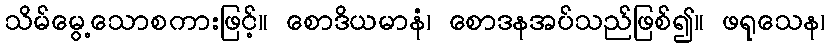
သိမ်မွေ့သောစကားဖြင့်။ စောဒိယမာနံ၊ စောဒနအပ်သည်ဖြစ်၍။ ဖရုသေန၊